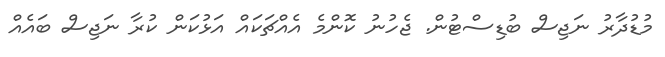
މުޑުދާރު ނަޖިސް ބުޑިސްޓުން. ޖެހުނު ކޮންމެ އެއްޗަކައް އަޅުކަން ކުރާ ނަޖިސް ބައެއް